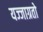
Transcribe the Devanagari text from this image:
यज्जाग्रतो